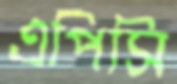
এপিসি